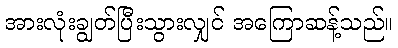
အားလုံးချွတ်ပြီးသွားလျှင် အကြောဆန့်သည်။